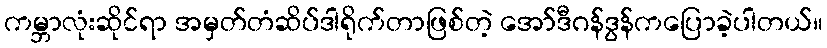
ကမ္ဘာလုံးဆိုင်ရာ အမှတ်တံဆိပ်ဒါရိုက်တာဖြစ်တဲ့ အော်ဒီဂန်ဒွန်ကပြောခဲ့ပါတယ်။